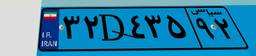
۳۲D۴۳۵۹۲